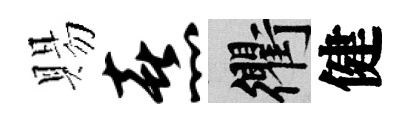
賜熹衢健